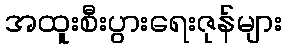
အထူးစီးပွားရေးဇုန်များ